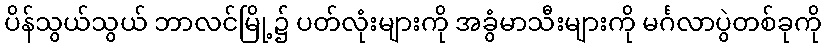
ပိန်သွယ်သွယ် ဘာလင်မြို့၌ ပတ်လုံးများကို အခွံမာသီးများကို မင်္ဂလာပွဲတစ်ခုကို